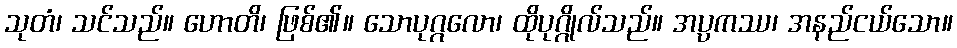
သုတံ၊ သင်သည်။ ဟောတိ၊ ဖြစ်၏။ သောပုဂ္ဂလော၊ ထိုပုဂ္ဂိုလ်သည်။ အပ္ပကဿ၊ အနည်ငယ်သော။